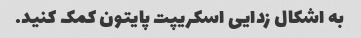
به اشکال زدایی اسکریپت پایتون کمک کنید.